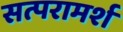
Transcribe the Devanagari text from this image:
सत्परामर्श